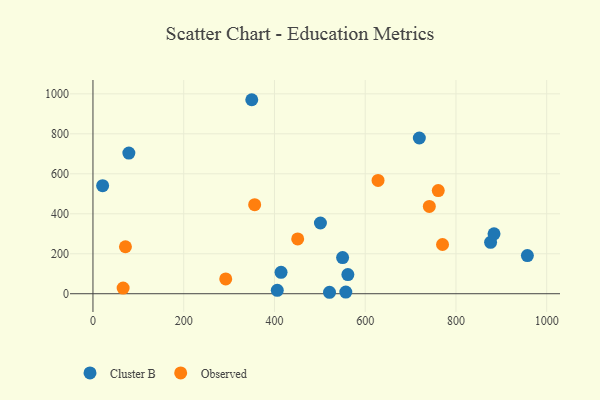
{"axis": {"x": "Ad Spend", "y": "Profit"}, "legend": ["Cluster B", "Observed"], "data": [{"x": "406.2", "y": 17.2, "type": "Cluster B"}, {"x": "21.3", "y": 540.6, "type": "Cluster B"}, {"x": "876.3", "y": 257.2, "type": "Cluster B"}, {"x": "957.4", "y": 190.7, "type": "Cluster B"}, {"x": "79.1", "y": 703.8, "type": "Cluster B"}, {"x": "350.0", "y": 970.5, "type": "Cluster B"}, {"x": "521.3", "y": 7.3, "type": "Cluster B"}, {"x": "561.8", "y": 96.0, "type": "Cluster B"}, {"x": "883.9", "y": 299.9, "type": "Cluster B"}, {"x": "719.3", "y": 779.1, "type": "Cluster B"}, {"x": "550.2", "y": 181.1, "type": "Cluster B"}, {"x": "414.5", "y": 106.9, "type": "Cluster B"}, {"x": "501.3", "y": 353.8, "type": "Cluster B"}, {"x": "557.2", "y": 8.5, "type": "Cluster B"}, {"x": "741.3", "y": 436.9, "type": "Observed"}, {"x": "761.0", "y": 515.8, "type": "Observed"}, {"x": "770.4", "y": 246.2, "type": "Observed"}, {"x": "628.3", "y": 566.9, "type": "Observed"}, {"x": "451.2", "y": 274.2, "type": "Observed"}, {"x": "292.6", "y": 74.1, "type": "Observed"}, {"x": "71.6", "y": 235.1, "type": "Observed"}, {"x": "356.4", "y": 445.7, "type": "Observed"}, {"x": "66.5", "y": 28.5, "type": "Observed"}]}